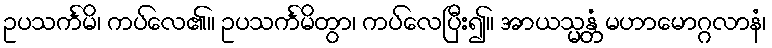
ဥပသင်္ကမိ၊ ကပ်လေ၏။ ဥပသင်္ကမိတွာ၊ ကပ်လေပြီး၍။ အာယသ္မန္တံ မဟာမောဂ္ဂလာနံ၊